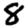
Digit: 8